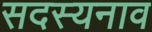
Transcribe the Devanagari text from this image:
सदस्यनाव